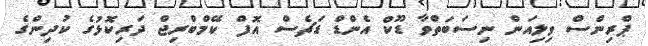
ޕްރިންސް ވިލިއަން ނިސަބަތްވާ ޑޫކް އެންޑް ޑަޗެސް އޮފް ކޭމްބްރިޖް ދަރިކޮޅުގެ ކުދިންގެ